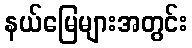
နယ်မြေများအတွင်း